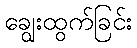
ချွေးထွက်ခြင်း